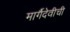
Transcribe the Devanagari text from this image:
मार्गैदेवीची